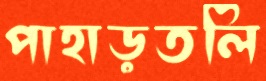
পাহাড়তলি